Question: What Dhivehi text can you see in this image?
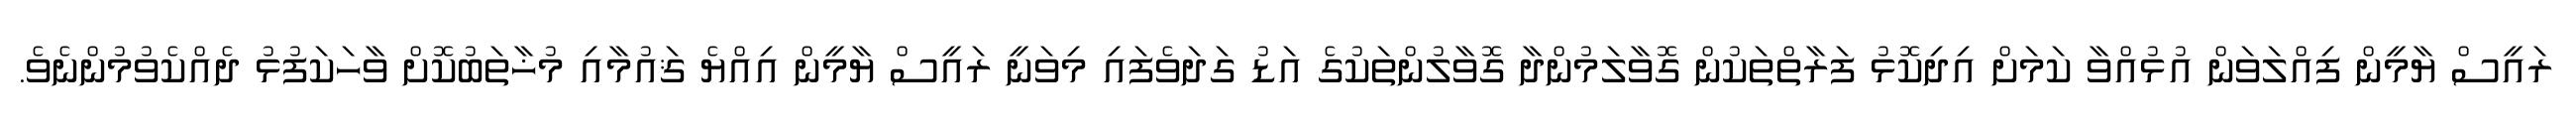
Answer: ރައީސް ޔާމީން ފިއްލަވަން އުޅުއްވާ ކަމަށް އިދިކޮޅު ފަރާތްތަކުން ގޮވާލަމުންދާ ގޮވާލުންތަކުގެ އަޑު ގަދަވެފައި މިވަނީ ރައީސް ޔާމީން އިއްޔެ ޤައުމާއި މުޚާތަބުކޮށް ވާހަކަފުޅު ދެއްކެވުމުންނެވެ.